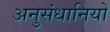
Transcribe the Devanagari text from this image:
अनुसंधानियों